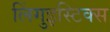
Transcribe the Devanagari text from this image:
लिंगुइस्टिक्स